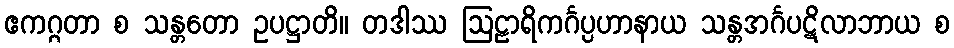
ဧကဂ္ဂတာ စ သန္တတော ဥပဋ္ဌာတိ။ တဒါဿ ဩဠာရိကင်္ဂပ္ပဟာနာယ သန္တအင်္ဂပဋိလာဘာယ စ